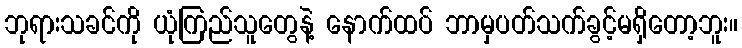
ဘုရားသခင်ကို ယုံကြည်သူတွေနဲ့ နောက်ထပ် ဘာမှပတ်သက်ခွင့်မရှိတော့ဘူး။